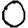
Digit: 0